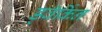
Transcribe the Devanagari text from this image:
ड्वॅर्किन